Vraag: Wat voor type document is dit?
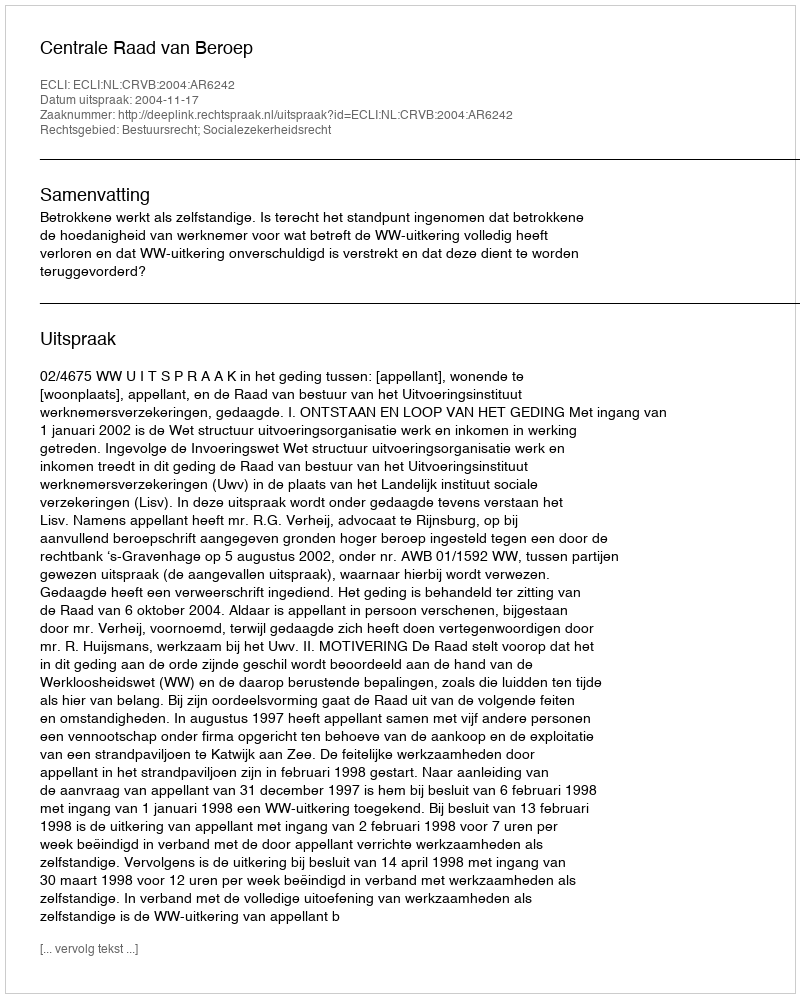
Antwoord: Uitspraak